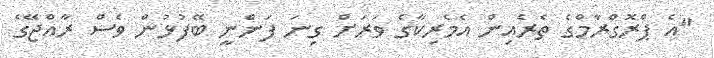
"އެ ޕްރޮގްރާމްގެ ތެރެއިން އެމެރިކާގެ ވަރަށް ގިނަ ފަންނީ ބޭފުޅުން ވެސް ރާއްޖޭގެ